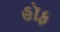
હૉફ